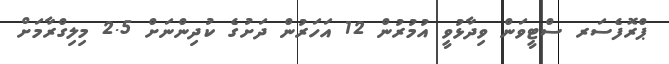
ޕްރޮފެސަރ ސްޓީވަން ވިދާޅުވީ އުމުރުން 12 އަހަރުން ދަށުގެ ކުދިންނަށް 2.5 މިލިގްރާމަށް